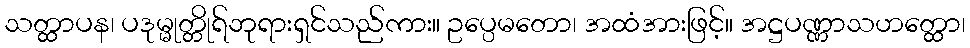
သတ္ထာပန၊ ပဒုမ္မုတ္တိုရ်ဘုရားရှင်သည်ကား။ ဥပ္ပေမတော၊ အထံအားဖြင့်။ အဋ္ဌပဏ္ဏာသဟတ္ထော၊